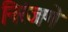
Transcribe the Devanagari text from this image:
निरंजणे